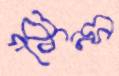
কুন্স